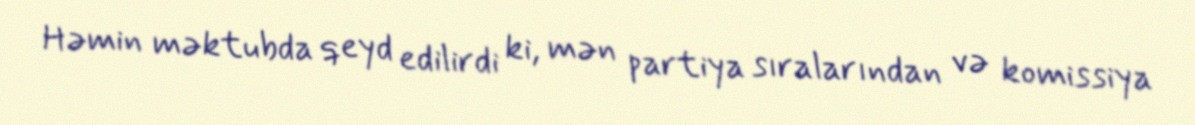
Həmin məktubda qeyd edilirdi ki, mən partiya sıralarından və komissiya